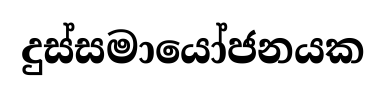
දුස්සමායෝජනයක